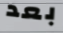
بعد